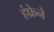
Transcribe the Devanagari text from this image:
हंफ्रेने